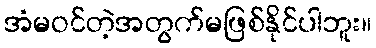
အံမဝင်တဲ့အတွက်မဖြစ်နိုင်ပါဘူး။